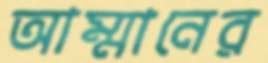
আম্মানের